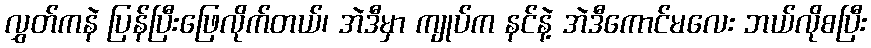
လွှတ်ကနဲ ပြန်ပြီးဖြေလိုက်တယ်၊ အဲဒီမှာ ကျုပ်က နင်နဲ့ အဲဒီကောင်မလေး ဘယ်လိုစပြီး